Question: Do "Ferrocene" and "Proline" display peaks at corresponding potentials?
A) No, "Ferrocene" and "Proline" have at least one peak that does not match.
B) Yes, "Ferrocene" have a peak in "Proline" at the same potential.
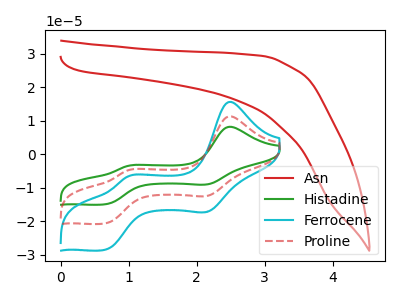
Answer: <think>The red curve "Asn" has no peaks. The green curve "Histadine" has anodic peaks at (2.50V, 22.65uA) (1.00V, -9.60uA) and cathodic peaks at (2.15V, -24.75uA) (0.65V, -41.35uA). The cyan curve "Ferrocene" has anodic peaks at (2.50V, 15.65uA) (1.00V, -6.65uA) and cathodic peaks at (2.15V, -17.10uA) (0.65V, -28.55uA). The red dashed curve "Proline" has anodic peaks at (2.50V, 11.30uA) (1.00V, -4.80uA) and cathodic peaks at (2.15V, -12.35uA) (0.65V, -20.65uA).</think>
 <answer>B) Yes, "Ferrocene" have a peak in "Proline" at the same potential.</answer>
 <eval>B</eval>